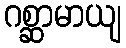
ဂစ္ဆာမာယျ